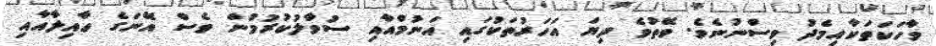
ވާހަކަތަކާއިމެދު ވިސްނުނެވެ. ވޭތުވެ ދިޔަ އަހަރުތަކުގައި އަނުމްއާއި ސުވާލުކުރުމުން ވެސް އޭނަގެ ޢާއިލާއާއި